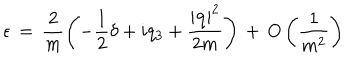
\epsilon \, = \, \frac { 2 } { m } \left( - \frac { 1 } { 2 } \delta + i q _ { 3 } + \frac { \left| { \bf q } \right| ^ { 2 } } { 2 m } \right) \, + \, O \left( \frac { 1 } { m ^ { 2 } } \right)